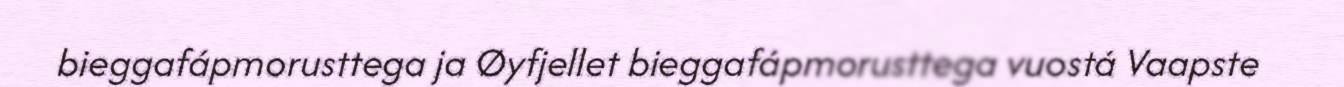
bieggafápmorusttega ja Øyfjellet bieggafápmorusttega vuostá Vaapste